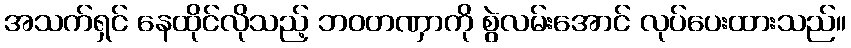
အသက်ရှင် နေထိုင်လိုသည့် ဘဝတဏှာကို စွဲလမ်းအောင် လုပ်ပေးထားသည်။